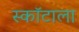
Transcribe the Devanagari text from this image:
स्कॉटाला